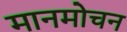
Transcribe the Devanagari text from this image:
मानमोचन